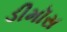
ડીમૉસ